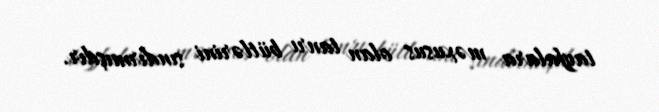
tayfalara məxusus olan tanrı bütlərini sındırmışdır.